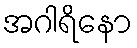
အဂါရိနော